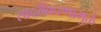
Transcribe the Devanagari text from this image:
सादरीकरणामुळे